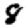
Digit: 8